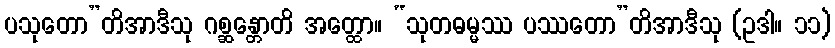
ပသုတော”တိအာဒီသု ဂစ္ဆန္တောတိ အတ္ထော။ “သုတဓမ္မဿ ပဿတော”တိအာဒီသု (ဥဒါ။ ၁၁)